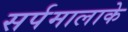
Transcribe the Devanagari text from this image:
सर्पमालाके